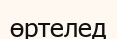
өртелед